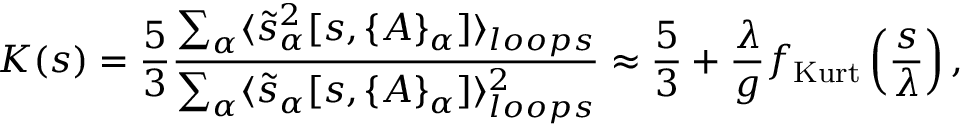
{ \cal K } ( s ) = \frac 5 3 \frac { \sum _ { \alpha } \langle \tilde { s } _ { \alpha } ^ { 2 } [ s , \{ A \} _ { \alpha } ] \rangle _ { l o o p s } } { \sum _ { \alpha } \langle \tilde { s } _ { \alpha } [ s , \{ A \} _ { \alpha } ] \rangle _ { l o o p s } ^ { 2 } } \approx \frac { 5 } { 3 } + \frac { \lambda } { g } f _ { \mathrm { K u r t } } \left( \frac { s } { \lambda } \right) ,